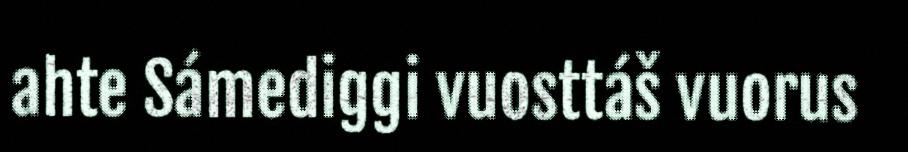
ahte Sámediggi vuosttáš vuorus